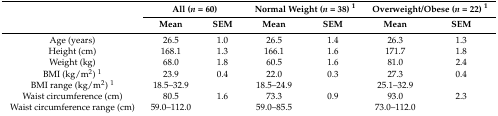
<table><thead><tr><td rowspan="2"></td><td colspan="2"><b>All (<i>n</i> = 60)</b></td><td colspan="2"><b>Normal Weight (<i>n</i> = 38) <sup>1</sup></b></td><td colspan="2"><b>Overweight/Obese (<i>n</i> = 22) <sup>1</sup></b></td></tr><tr><td><b>Mean</b></td><td><b>SEM</b></td><td><b>Mean</b></td><td><b>SEM</b></td><td><b>Mean</b></td><td><b>SEM</b></td></tr></thead><tbody><tr><td>Age (years)</td><td>26.5</td><td>1.0</td><td>26.5</td><td>1.4</td><td>26.3</td><td>1.3</td></tr><tr><td>Height (cm)</td><td>168.1</td><td>1.3</td><td>166.1</td><td>1.6</td><td>171.7</td><td>1.8</td></tr><tr><td>Weight (kg)</td><td>68.0</td><td>1.8</td><td>60.5</td><td>1.6</td><td>81.0</td><td>2.4</td></tr><tr><td>BMI (kg/m<sup>2</sup>) <sup>1</sup></td><td>23.9</td><td>0.4</td><td>22.0</td><td>0.3</td><td>27.3</td><td>0.4</td></tr><tr><td>BMI range (kg/m<sup>2</sup>) <sup>1</sup></td><td>18.5–32.9</td><td></td><td>18.5–24.9</td><td></td><td>25.1–32.9</td><td></td></tr><tr><td>Waist circumference (cm)</td><td>80.5</td><td>1.6</td><td>73.3</td><td>0.9</td><td>93.0</td><td>2.3</td></tr><tr><td>Waist circumference range (cm)</td><td>59.0–112.0</td><td></td><td>59.0–85.5</td><td></td><td>73.0–112.0</td><td></td></tr></tbody></table>